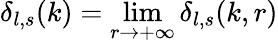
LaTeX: \delta_{l,s}(k)=\operatorname*{lim}_{r\rightarrow+\infty}\delta_{l,s}(k,r)